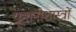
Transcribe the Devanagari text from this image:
यूनानीशास्त्रों